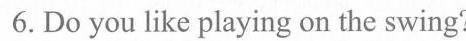
6. Do you like playing on the swing?